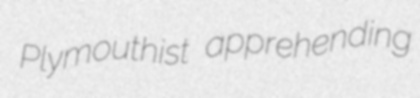
Plymouthist apprehending